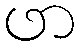
ဖာ